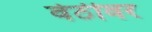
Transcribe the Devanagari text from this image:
वेठीवर